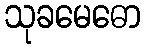
သုခမေဓော